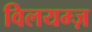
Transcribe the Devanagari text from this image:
विलयम्ज़